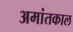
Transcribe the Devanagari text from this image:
अमांतकाल